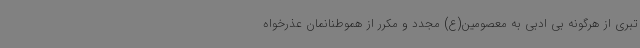
تبری از هرگونه بی ادبی به معصومین(ع) مجدد و مکرر از هموطنانمان عذرخواه